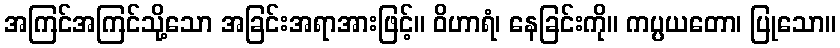
အကြင်အကြင်သို့သော အခြင်းအရာအားဖြင့်။ ဝိဟာရံ၊ နေခြင်းကို။ ကပ္ပယတော၊ ပြုသော။